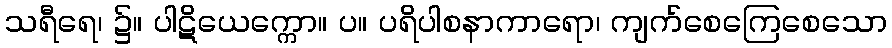
သရီရေ၊ ၌။ ပါဋိယေက္ကော။ ပ။ ပရိပါစနာကာရော၊ ကျက်စေကြေစေသော